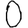
Digit: 0